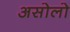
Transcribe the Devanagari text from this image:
असोलो